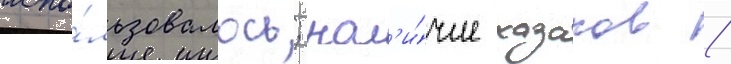
испо́льзовалось; нал'и́чие казаков /